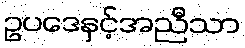
ဥပဒေနှင့်အညီသာ